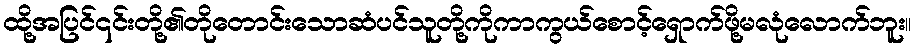
ထို့အပြင်၎င်းတို့၏တိုတောင်းသောဆံပင်သူတို့ကိုကာကွယ်စောင့်ရှောက်ဖို့မလုံလောက်ဘူး။